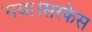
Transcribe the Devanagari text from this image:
गया।सरफेस